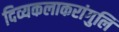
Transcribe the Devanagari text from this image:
दिव्यकलाकरांगुलि